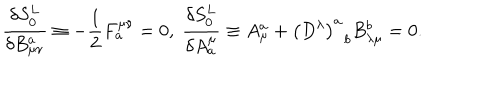
\frac { \delta S _ { 0 } ^ { L } } { \delta B _ { \mu \nu } ^ { a } } \equiv - \frac 1 2 F _ { a } ^ { \mu \nu } = 0 , \; \frac { \delta S _ { 0 } ^ { L } } { \delta A _ { a } ^ { \mu } } \equiv A _ { \mu } ^ { a } + \left( D ^ { \lambda } \right) _ { \; \; b } ^ { a } B _ { \lambda \mu } ^ { b } = 0 .